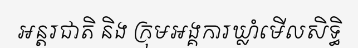
អន្តរជាតិ និង ក្រុមអង្គការឃ្លាំមើលសិទ្ធិ